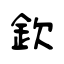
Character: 欽